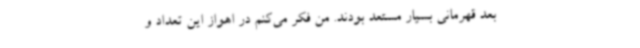
بعد قهرمانی بسیار مستعد بودند. من فکر می‌کنم در اهواز این تعداد و